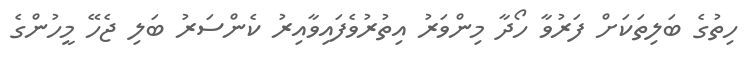
ހިތުގެ ބަލިތަކަށް ފަރުވާ ހޯދާ މިންވަރު އިތުރުވެފައިވާއިރު ކެންސަރު ބަލި ޖެހޭ މީހުންގެ